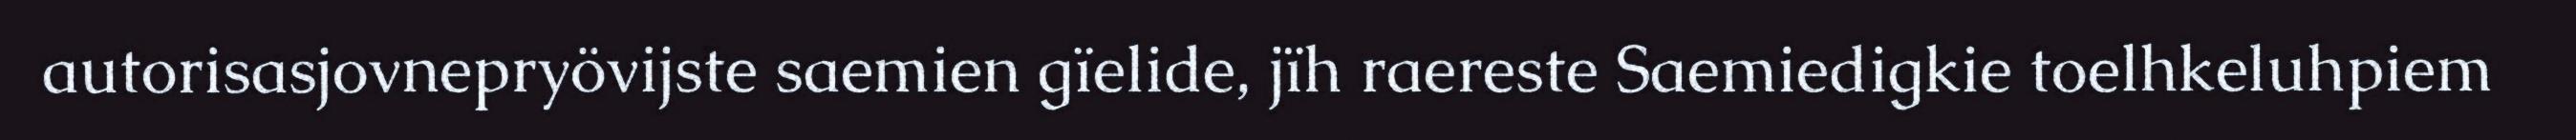
autorisasjovnepryövijste saemien gïelide, jïh raereste Saemiedigkie toelhkeluhpiem